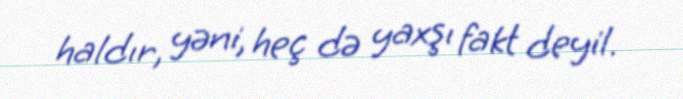
haldır, yəni, heç də yaxşı fakt deyil.